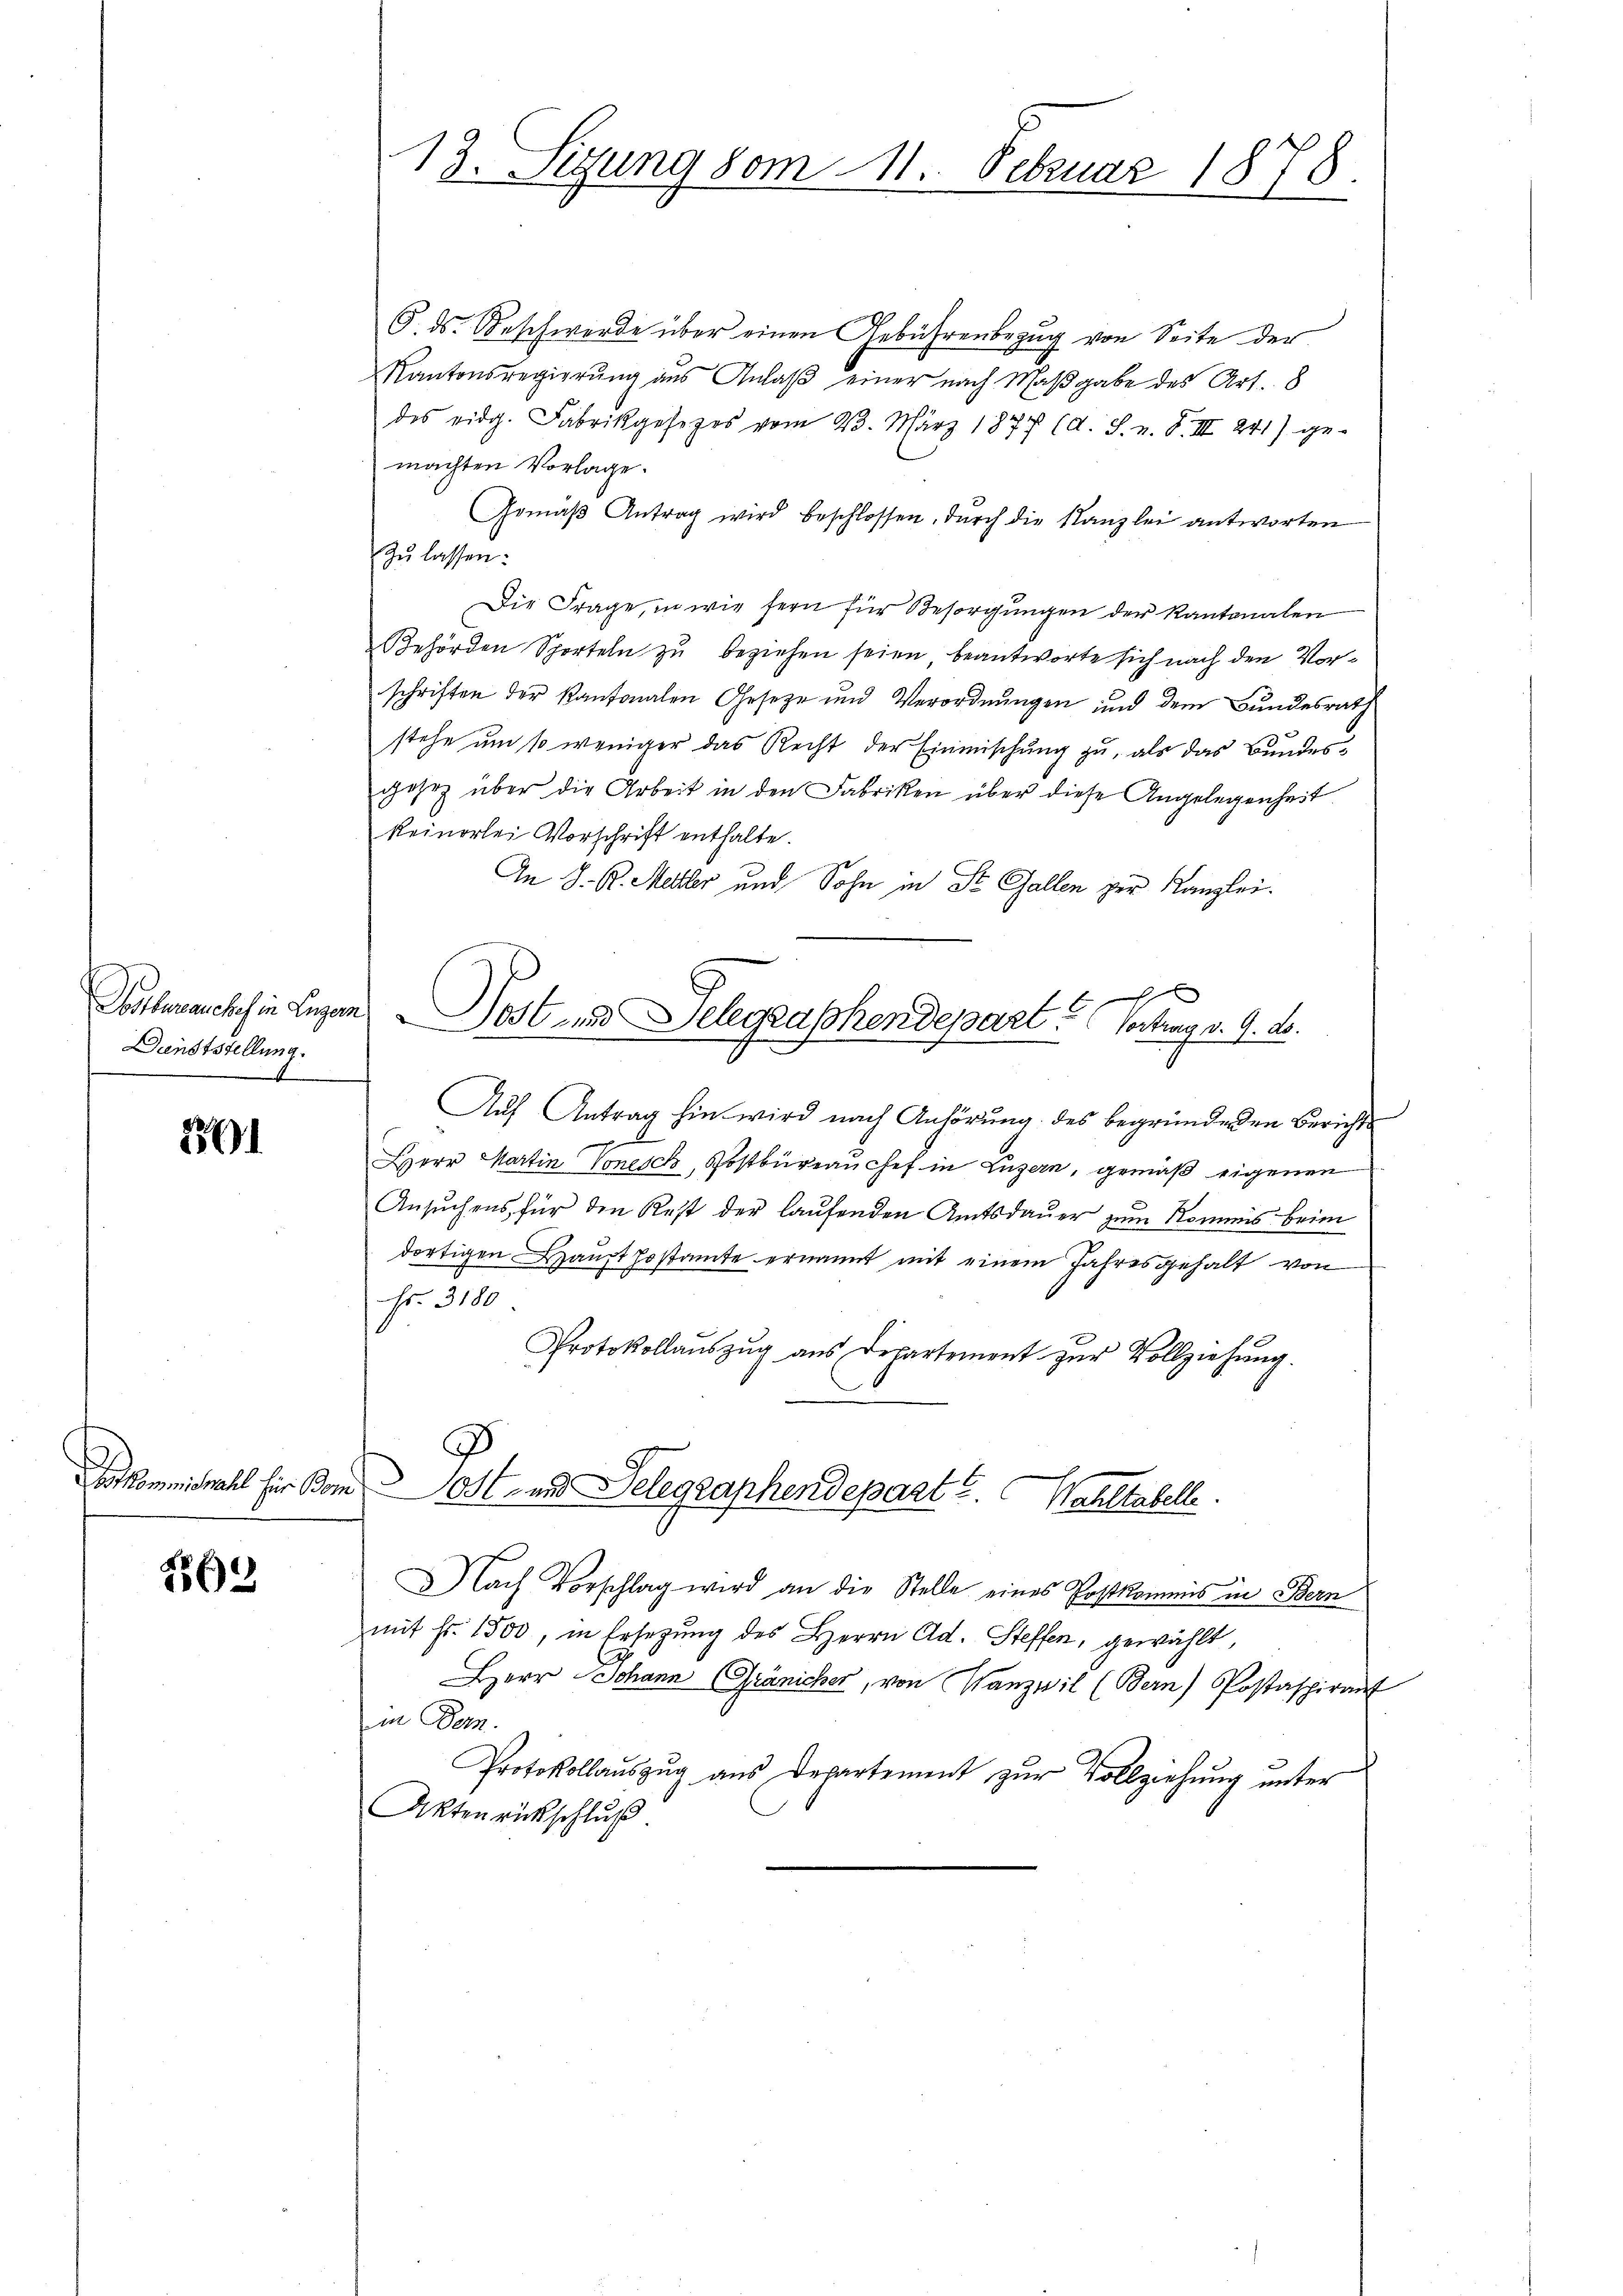
Dunststellung.

2861

o kommiswahl hie Bom

263

13. Sizung vom 11. Februar 1878.

G. ds. Beschwerde über einen Gebührenbezug von Seite der
Kantonsregierung aus Anlaβ einer nach Maßgabe des Art. 8
des eidg. Fabrikgesezes vom 23. März 1877 (d. J. n. F. III 241) ge-
machten Vorlage.
Gemäβ Antrag wird beschlossen, durch die Kanzlei antworten
zu lassen:
Die Frage, in wie fern für Besorgŭngen der Kantonalen
Behörden Sporteln zu beziehen seien, beantworte sich nach den Vorschriften der Kantonalen Gesetze und Verordnungen und dem Bundesrath
stehe um so weniger das Recht der Einmischung zu, als das Bundesgesez über die Arbeit in den Fabriken über diese Angelegenheit
keinerlei Vorschrift enthalte.
An J. R. Mehler und Sohn in St. Gallen zur Kanzlei.
g
Estherauch hin Luzern Post und Telegraphendepart. (Vortrag v. 9. ds.
Aŭf Antrag hin wird nach Anhörung des begründenden Berichte
1
Herr Martin Vonesch, Postbureau chef in Luzern, gemäß eigenen
Ansuchens, für den Rest der laufenden Amtsdauer zum Kommis beim
dortigen Haupt sostamte ernannt mit einem Jahresgehalt von
Fr. 3180
Protokollaŭszŭg aŭs Departement zŭr Vollziehŭng.
d

Ost- und Delegraphendepart u. Wahltabelle.

.
ach Vorschlag wird an die Stelle eines Postkommis in Bern
mit Fr. 1500, in Ersezung des Herrn Ad. Steffen, gewählt,
Herr Johann Gränicher, von Wanzwil (Bern Postaspirant
in Parz.
Protokollaŭszŭg aŭs Departement zŭr Vollziehŭng ŭnter
Aktenrückschluß